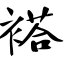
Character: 褡